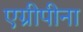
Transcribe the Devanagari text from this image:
एग्रीपीना